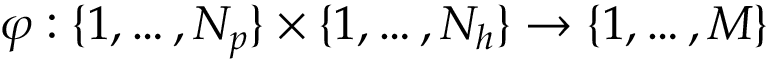
\varphi : \{ 1 , \dots , N _ { p } \} \times \{ 1 , \dots , N _ { h } \} \rightarrow \{ 1 , \dots , M \}